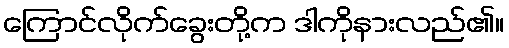
ကြောင်လိုက်ခွေးတို့က ဒါကိုနားလည်၏။